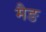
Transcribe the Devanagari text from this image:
मैङ